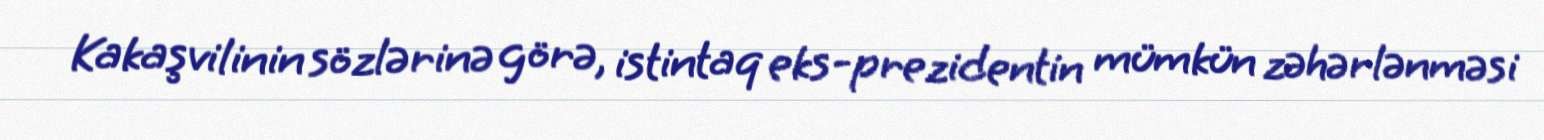
Kakaşvilinin sözlərinə görə, istintaq eks-prezidentin mümkün zəhərlənməsi